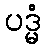
ပဒ္မံ